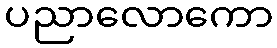
ပညာလောကော